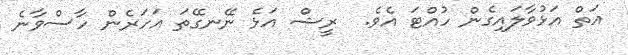
އަތް އަޅުވާލައިގެން ހުއްޓަ އެވެ.  ރީޝް އަޅެ ނޭނގޭތަ އަހަރެން ހާސްވާނެ